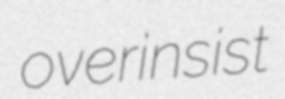
overinsist